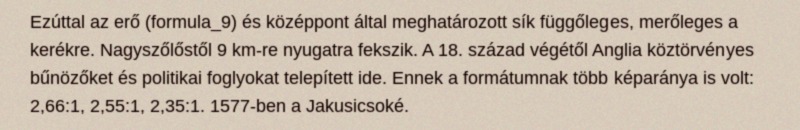
Ezúttal az erő (formula_9) és középpont által meghatározott sík függőleges, merőleges a kerékre. Nagyszőlőstől 9 km-re nyugatra fekszik. A 18. század végétől Anglia köztörvényes bűnözőket és politikai foglyokat telepített ide. Ennek a formátumnak több képaránya is volt: 2,66:1, 2,55:1, 2,35:1. 1577-ben a Jakusicsoké.